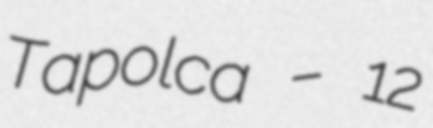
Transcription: Tapolca – 12